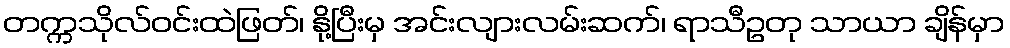
တက္ကသိုလ်ဝင်းထဲဖြတ်၊ နို့ပြီးမှ အင်းလျားလမ်းဆက်၊ ရာသီဥတု သာယာ ချိန်မှာ